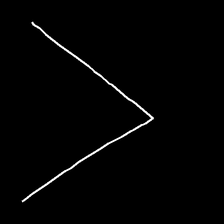
Glyph: region